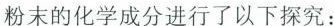
粉末的化学成分进行了以下探究：